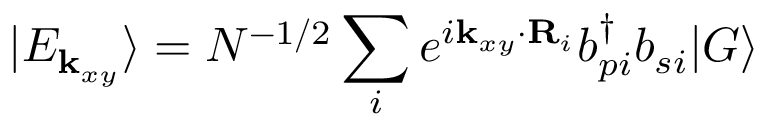
| E _ { { \bf k } _ { x y } } \rangle = N ^ { - 1 / 2 } \sum _ { i } e ^ { i { \bf k } _ { x y } \cdot { \bf R } _ { i } } b _ { p i } ^ { \dagger } b _ { s i } | G \rangle